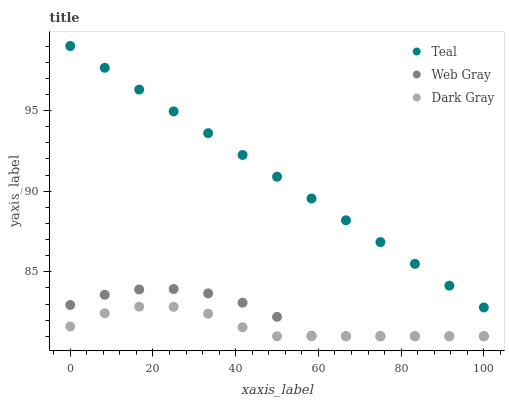
| xaxis_label | Teal | Web Gray | Dark Gray |
 | --- | --- | --- | --- |
 | 0 | 99 | 82.9 | 81.6 |
 | 8.33 | 97.6 | 83.6 | 82.4 |
 | 16.7 | 96.3 | 83.9 | 82.8 |
 | 25 | 94.9 | 83.9 | 82.8 |
 | 33.3 | 93.6 | 83.7 | 82.4 |
 | 41.7 | 92.2 | 83.1 | 81.6 |
 | 50 | 90.9 | 82.2 | 81 |
 | 58.3 | 89.5 | 81 | 81 |
 | 66.7 | 88.2 | 81 | 81 |
 | 75 | 86.8 | 81 | 81 |
 | 83.3 | 85.5 | 81 | 81 |
 | 91.7 | 84.1 | 81 | 81 |
 | 100 | 82.8 | 81 | 81 |